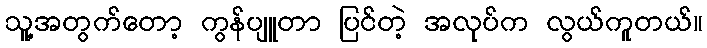
သူ့အတွက်တော့ ကွန်ပျူတာ ပြင်တဲ့ အလုပ်က လွယ်ကူတယ်။